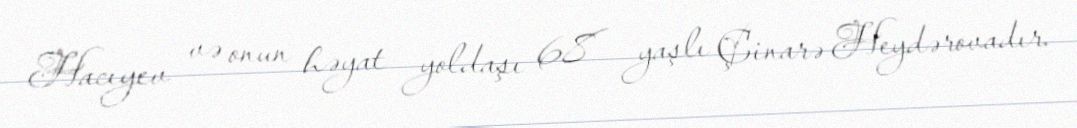
Hacıyev və onun həyat yoldaşı 68 yaşlı Çinarə Heydərovadır.